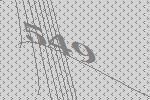
549